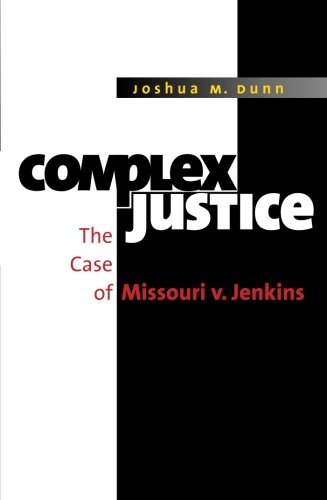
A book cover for Complex Justice: The Case of Missouri v. Jenkins; Joshua M. Dunn; Law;